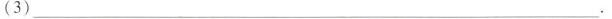
(3)___.